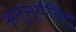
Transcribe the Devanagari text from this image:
अनुसूर्यविंदु